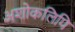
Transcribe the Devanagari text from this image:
अशोकलिपि